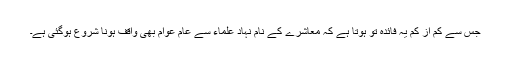
جس سے کم از کم یہ فائدہ تو ہوتا ہے کہ معاشرے کے نام نہاد علماء سے عام عوام بھی واقف ہونا شروع ہوگئی ہے۔